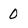
Character: 0